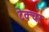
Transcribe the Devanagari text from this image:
टेक्चर